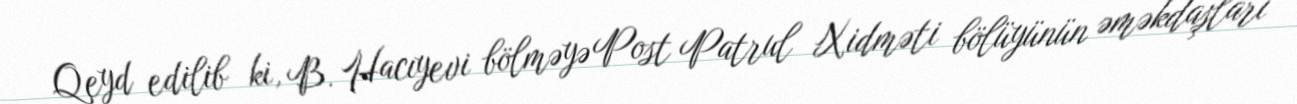
Qeyd edilib ki, B. Hacıyevi bölməyə Post Patrul Xidməti bölüyünün əməkdaşları